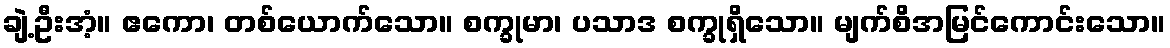
ချဲ့ဦးအံ့။ ဧကော၊ တစ်ယောက်သော။ စက္ခုမာ၊ ပသာဒ စက္ခုရှိသော။ မျက်စိအမြင်ကောင်းသော။